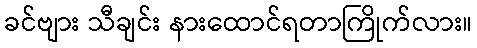
ခင်ဗျား သီချင်း နားထောင်ရတာကြိုက်လား။